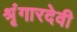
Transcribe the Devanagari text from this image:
श्रृंगारदेवी